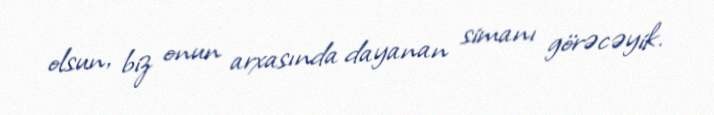
olsun, biz onun arxasında dayanan simanı görəcəyik.